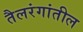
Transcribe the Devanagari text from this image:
तैलरंगांतील